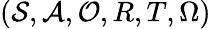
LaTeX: (\mathcal{S},\mathcal{A},\mathcal{O},{R},{T},\Omega)